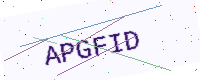
Text: APGFID